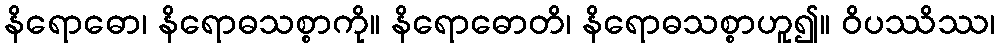
နိရောဓော၊ နိရောဓသစ္စာကို။ နိရောဓောတိ၊ နိရောဓသစ္စာဟူ၍။ ဝိပဿိဿ၊